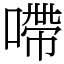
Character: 㗣